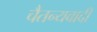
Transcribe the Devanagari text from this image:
चैतन्यवादी